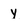
Character: y